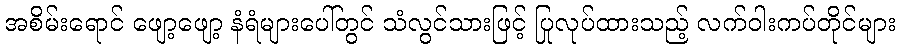
အစိမ်းရောင် ဖျော့ဖျော့ နံရံများပေါ်တွင် သံလွင်သားဖြင့် ပြုလုပ်ထားသည့် လက်ဝါးကပ်တိုင်များ